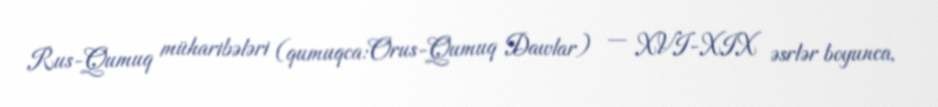
Rus-Qumuq müharibələri (qumuqca:Orus-Qumuq Dawlar) — XVI-XIX əsrlər boyunca,